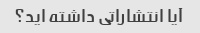
آیا انتشاراتی داشته اید؟